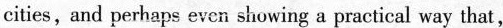
cities, and perhaps even showing a practical way that,